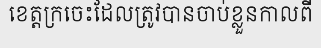
ខេត្តក្រចេះដែលត្រូវបានចាប់ខ្លួនកាលពី